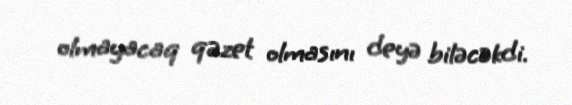
olmayacaq qəzet olmasını deyə biləcəkdi.